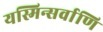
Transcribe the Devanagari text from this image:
यस्मिन्सर्वाणि